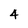
Character: 4